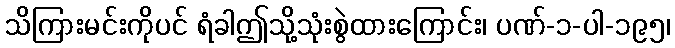
သိကြားမင်းကိုပင် ရံခါဤသို့သုံးစွဲထားကြောင်း၊ ပဏ်-၁-ပါ-၁၉၅၊